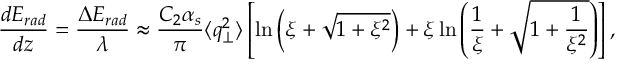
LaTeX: \frac { d E _ { r a d } } { d z } = \frac { \Delta E _ { r a d } } { \lambda } \approx \frac { C _ { 2 } \alpha _ { s } } { \pi } \langle q _ { \perp } ^ { 2 } \rangle \left[ \ln \left( \xi + \sqrt { 1 + \xi ^ { 2 } } \right) + \xi \ln \left( \frac { 1 } { \xi } + \sqrt { 1 + \frac { 1 } { \xi ^ { 2 } } } \right) \right] ,